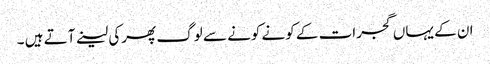
ان کے یہاں گجرات کے کونے کونے سے لوگ پھرکی لینے آتے ہیں ۔